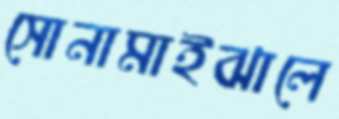
সোনামাইঝালে